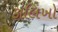
કાલિખો